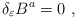
\begin{align*}\delta_{\varepsilon} B^{a} =0~, \end{align*}